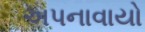
અપનાવાયો